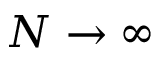
N \to \infty